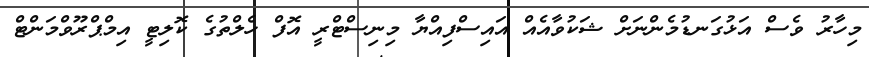
މިހާރު ވެސް އަޅުގަނޑުމެންނަށް ޝަކުވާއެއް އައިސްފިއްޔާ މިނިސްޓްރީ އޮފް ހެލްތުގެ ކޮލިޓީ އިމްޕްރޫވްމަންޓް